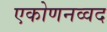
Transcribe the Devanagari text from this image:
एकोणनव्वद